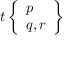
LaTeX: t \left\{ { \begin{array} { l } { p } \\ { q , r } \end{array} } \right\}